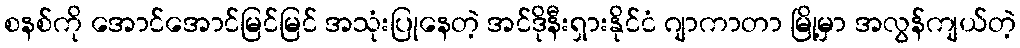
စနစ်ကို အောင်အောင်မြင်မြင် အသုံးပြုနေတဲ့ အင်ဒိုနီးရှားနိုင်ငံ ဂျာကာတာ မြို့မှာ အလွန်ကျယ်တဲ့